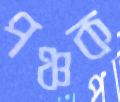
পঞ্চক